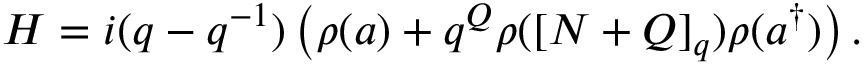
H = i ( q - q ^ { - 1 } ) \left( \rho ( a ) + q ^ { Q } \rho ( [ N + Q ] _ { q } ) \rho ( a ^ { \dagger } ) \right) .